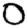
Digit: 0